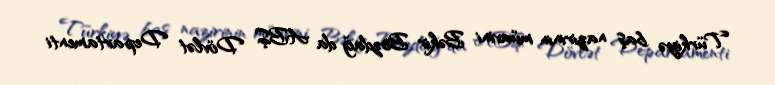
Türkiyə baş nazirinin müavini Bəkir Bozdağ da ABŞ Dövlət Departamenti